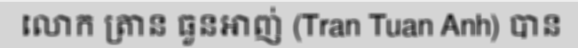
លោក ត្រាន ធួនអាញ់ (Tran Tuan Anh) បាន